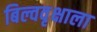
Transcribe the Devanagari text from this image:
बिल्ववृक्षाला